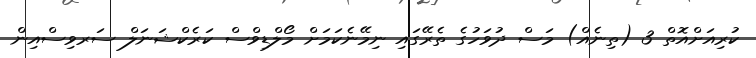
ކުރިއަށްއޮތް 3 (ތިނެއް) މަސް ދުވަހުގެ ތެރޭގައި ނިމޭނެކަމަށް މޯލްޑިވްސް ކަރެކްޝަނަލް ސަރވިސްއިން